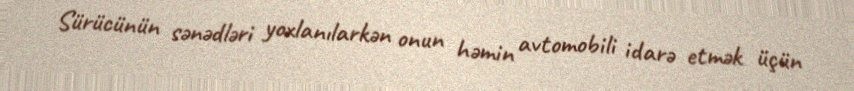
Sürücünün sənədləri yoxlanılarkən onun həmin avtomobili idarə etmək üçün